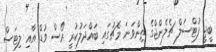
ބީޖީ ފުޓްސަލް ޗެލެންޖްގެ ތިންވަނަ މެޗުގައި ބައްދަލުކުރީ ރޯސް ވުޑް އާއި ލިޓަސް